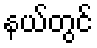
နယ်တွင်